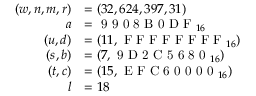
{ \begin{array} { r l } { ( w , n , m , r ) } & { = ( 3 2 , 6 2 4 , 3 9 7 , 3 1 ) } \\ { a } & { = { \textrm { 9 9 0 8 B 0 D F } } _ { 1 6 } } \\ { ( u , d ) } & { = ( 1 1 , { \textrm { F F F F F F F F } } _ { 1 6 } ) } \\ { ( s , b ) } & { = ( 7 , { \textrm { 9 D 2 C 5 6 8 0 } } _ { 1 6 } ) } \\ { ( t , c ) } & { = ( 1 5 , { \textrm { E F C 6 0 0 0 0 } } _ { 1 6 } ) } \\ { l } & { = 1 8 } \end{array} }